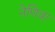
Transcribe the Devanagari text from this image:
नेणिवा